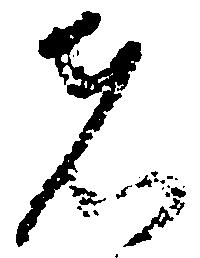
者